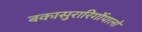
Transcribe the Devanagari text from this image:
बकासुरारिर्गोपालो